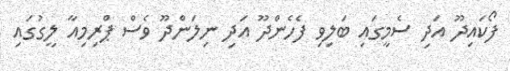
ފޯކައިދޫ އަދި ސެމީގައި ބަލިވި ފެހެންދޫ އަދި ނިލަންދޫ ވެސް ޕްރިމިއާ ލީގުގައި